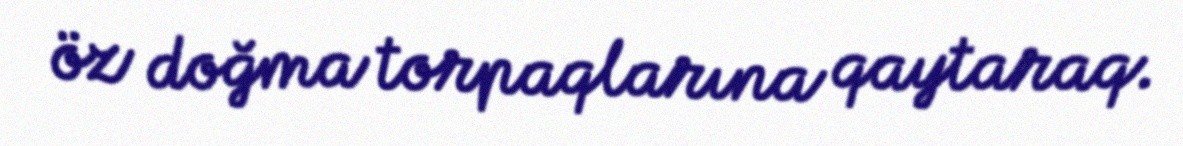
öz doğma torpaqlarına qaytaraq.